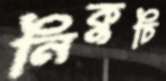
নিকুচি